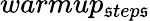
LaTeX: warmup_{\mathfrak{s}tep\mathfrak{s}}